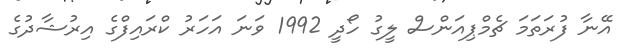
އޭނާ ފުރަތަމަ ޗެމްޕިއަންސް ލީގު ހޯދީ 1992 ވަނަ އަހަރު ކްރައިފްގެ އިރުޝާދުގެ